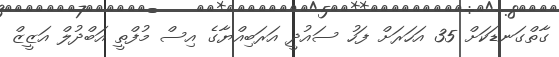
ގާތްގަނޑަކަށް 35 އަހަރަށް ފަހު ސައުދީ އަރަބިއްޔާގެ އިސް މުފްތީ އަބްދުލް އަޒީޒް